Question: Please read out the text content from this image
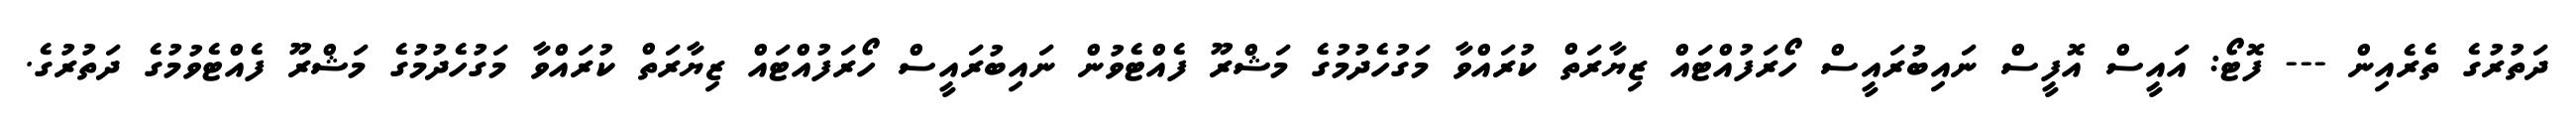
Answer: ދަތުރުގެ ތެރެއިން --- ފޮޓޯ: އައީސް އޮފީސް ނައިބުރައީސް ހޯރަފުއްޓައް ޒިޔާރަތް ކުރައްވާ މަގުހެދުމުގެ މަޝްރޫ ފެއްޓެވުން ނައިބުރައީސް ހޯރަފުއްޓައް ޒިޔާރަތް ކުރައްވާ މަގުހެދުމުގެ މަޝްރޫ ފެއްޓެވުމުގެ ދަތުރުގެ.